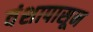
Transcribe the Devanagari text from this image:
वंशापासून